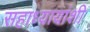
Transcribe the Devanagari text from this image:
सहाध्यायांशी